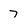
Character: 7